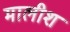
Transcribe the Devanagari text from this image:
मालीश